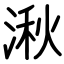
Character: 湫